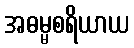
အဓမ္မစရိယာယ